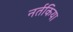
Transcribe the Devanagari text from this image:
नर्तकिया